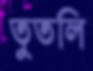
তুতলি